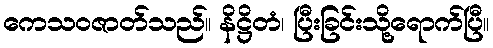
ကေသဝဇာတ်သည်။ နိဋ္ဌိတံ၊ ပြီးခြင်းသို့ရောက်ပြီ။